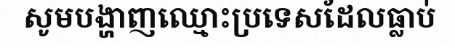
សូមបង្ហាញឈ្មោះប្រទេសដែលធ្លាប់